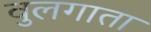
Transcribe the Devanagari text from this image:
वुलगाता